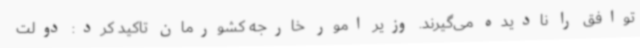
توافق را نادیده می‌گیرند. وزیر امور خارجه کشورمان تاکید کرد: دولت